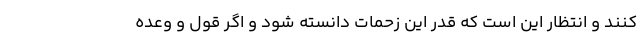
کنند و انتظار این است که قدر این زحمات دانسته شود و اگر قول و وعده